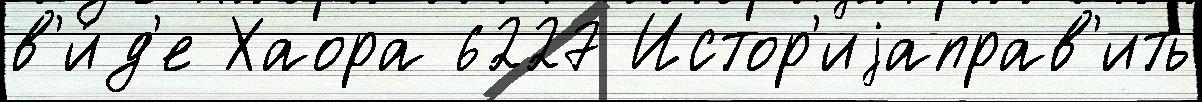
в'и́д'е Хаора 6227 Истор'иjаправ'ить